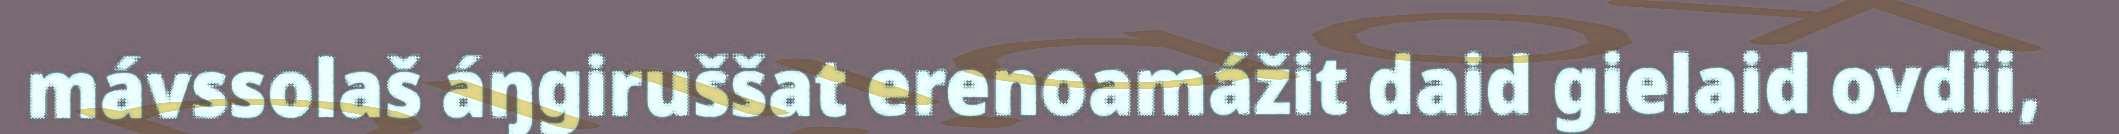
mávssolaš áŋgiruššat erenoamážit daid gielaid ovdii,